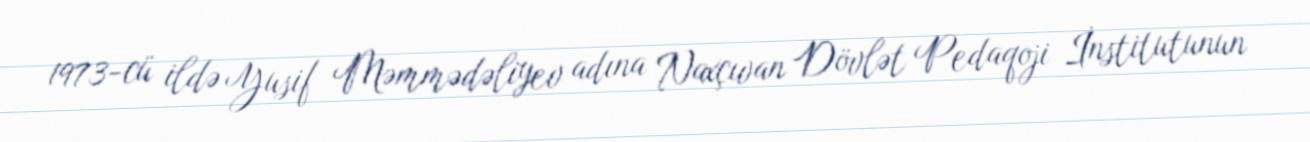
1973-cü ildə Yusif Məmmədəliyev adına Naxçıvan Dövlət Pedaqoji İnstitutunun